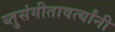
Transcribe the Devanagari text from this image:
य्तुसंगीतावर्त्यांनी